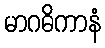
မာဂဓိကာနံ